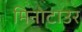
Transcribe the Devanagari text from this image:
मिनोटाउर